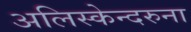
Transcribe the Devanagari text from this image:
अलिस्केन्दरुना